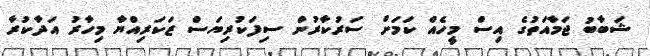
ޝަބާބު ޖަމާއަތުގެ އިސް މީހެއް ކަމަށް ސަރުކާރުން ސިފަކުރިޔަސް ޒަކަރިއްޔާ މިހާރު އަދާކުރާ